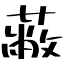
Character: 蔽